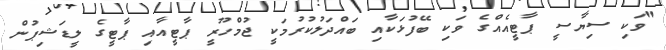
"ވަކި ސިޔާސީ ޕާޓީއެއްގެ ވަކި ބޭފުޅަކާއި ބައްދަލުކުރުމަކީ ޖުމްހޫރީ ޕާޓީއާއި ޕާޓީގެ ލީޑަޝިޕުން